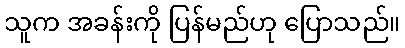
သူက အခန်းကို ပြန်မည်ဟု ပြောသည်။